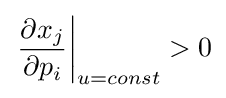
\left.{\frac {\partial x_{j}}{\partial p_{i}}}\right|_{u=const}>0